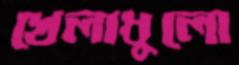
খেলাধুলো